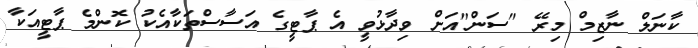
ކާނަލް ނާޒިމް މިރޭ "ސަން"އަށް ވިދާޅުވީ އެ ޕާޓީގެ އަސާސްތަކާއެކު ކޮންމެ ޕާޓީއަކާ